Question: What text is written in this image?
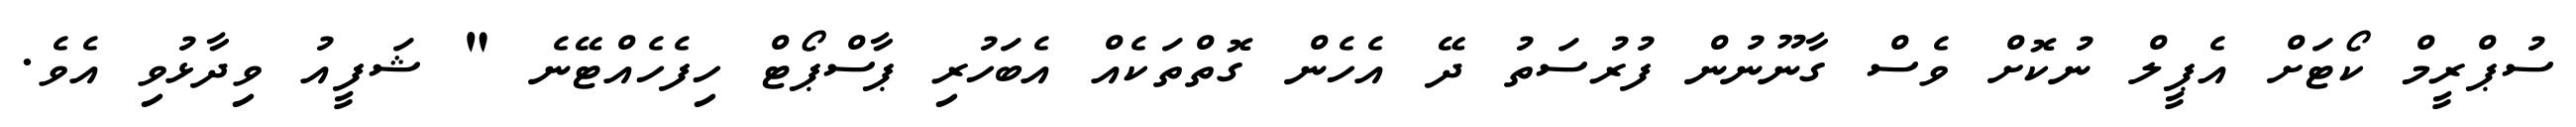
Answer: ސުޕްރީމް ކޯޓަށް އެޕީލް ނުކޮށް ވެސް ގާނޫނުން ފުރުސަތު ދޭ އެހެން ގޮތްތަކެއް އެބަހުރި ޕާސްޕޯޓް ހިފެހެއްޓޭނެ " ޝަފީއު ވިދާޅުވި އެވެ.